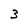
Character: 3